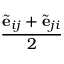
\frac { \tilde { \mathbf { e } } _ { i j } + \tilde { \mathbf { e } } _ { j i } } { 2 }